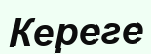
Кереге